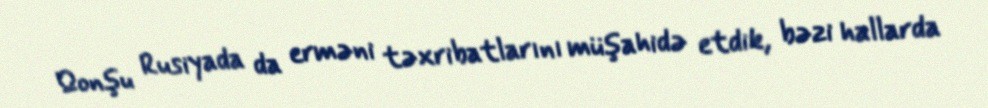
Qonşu Rusiyada da erməni təxribatlarını müşahidə etdik, bəzi hallarda